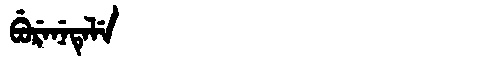
Manchu: ᠪᡠᡵᡝᠨᡝᡨᡝᠯᡝ
Romanization: BURENETELE